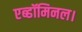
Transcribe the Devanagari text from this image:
एब्डॉमिनल।